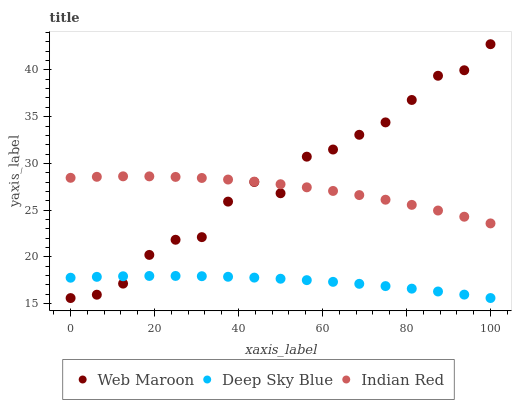
| xaxis_label | Web Maroon | Deep Sky Blue | Indian Red |
 | --- | --- | --- | --- |
 | 0 | 15.6 | 17.8 | 28.5 |
 | 6.25 | 15.9 | 17.9 | 28.6 |
 | 12.5 | 17.1 | 17.9 | 28.6 |
 | 18.8 | 20.2 | 18 | 28.6 |
 | 25 | 21.8 | 18 | 28.6 |
 | 31.2 | 22.1 | 17.9 | 28.4 |
 | 37.5 | 25.9 | 17.9 | 28.3 |
 | 43.8 | 28 | 17.8 | 28 |
 | 50 | 26.8 | 17.7 | 27.8 |
 | 56.2 | 30.7 | 17.5 | 27.4 |
 | 62.5 | 31.5 | 17.3 | 27.1 |
 | 68.8 | 33.1 | 17.1 | 26.6 |
 | 75 | 34.4 | 16.9 | 26.1 |
 | 81.2 | 36.8 | 16.6 | 25.6 |
 | 87.5 | 39.4 | 16.3 | 25 |
 | 93.8 | 40 | 16 | 24.3 |
 | 100 | 42.8 | 15.6 | 23.6 |